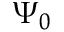
\Psi _ { 0 }